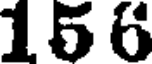
156